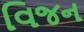
વિજન